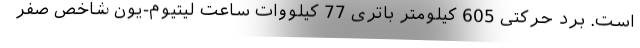
است. برد حرکتی 605 کیلومتر باتری 77 کیلووات ساعت لیتیوم-یون شاخص صفر